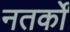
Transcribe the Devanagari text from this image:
नतर्कों